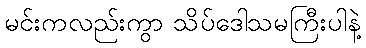
မင်းကလည်းကွာ သိပ်ဒေါသမကြီးပါနဲ့